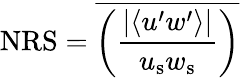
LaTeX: \mathrm{NRS}=\overline{{\left(\frac{|\langle u^{\prime}w^{\prime}\rangle|}{u_{\mathrm{s}}w_{\mathrm{s}}}\right)}}